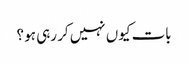
بات کیوں نہیں کر رہی ہو ؟